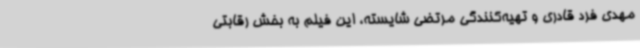
مهدی فرد قادری و تهیه‌کنندگی مرتضی شایسته، این فیلم به بخش رقابتی